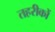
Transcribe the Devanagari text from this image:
तहरीकों